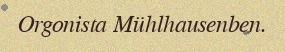
Orgonista Mühlhausenben.